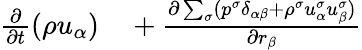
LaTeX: \begin{array}{r}{\begin{array}{rl}{\frac{\partial}{\partial t}(\rho u_{\alpha})}&{{}+\frac{\partial\sum_{\sigma}(p^{\sigma}\delta_{\alpha\beta}+\rho^{\sigma}u_{\alpha}^{\sigma}u_{\beta}^{\sigma})}{\partial r_{\beta}}}\end{array}}\end{array}